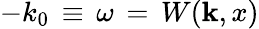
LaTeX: -k_{0}{\, }\equiv{\, }\omega{\, }={\, }W({\mathbf k},x)